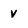
Character: v